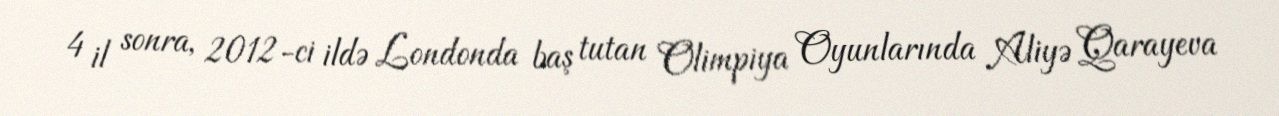
4 il sonra, 2012-ci ildə Londonda baş tutan Olimpiya Oyunlarında Aliyə Qarayeva